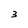
Character: 3